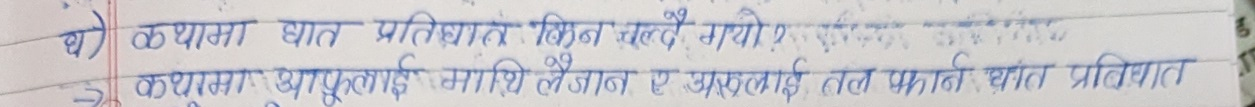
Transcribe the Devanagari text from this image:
घ) कथामा घात प्रतिघात किन चल्दै गयो
3 कथामा आफूलाई माथि लैजान र अरुलाई तल झार्न घात प्रविधात